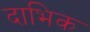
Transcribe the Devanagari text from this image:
दाभिक